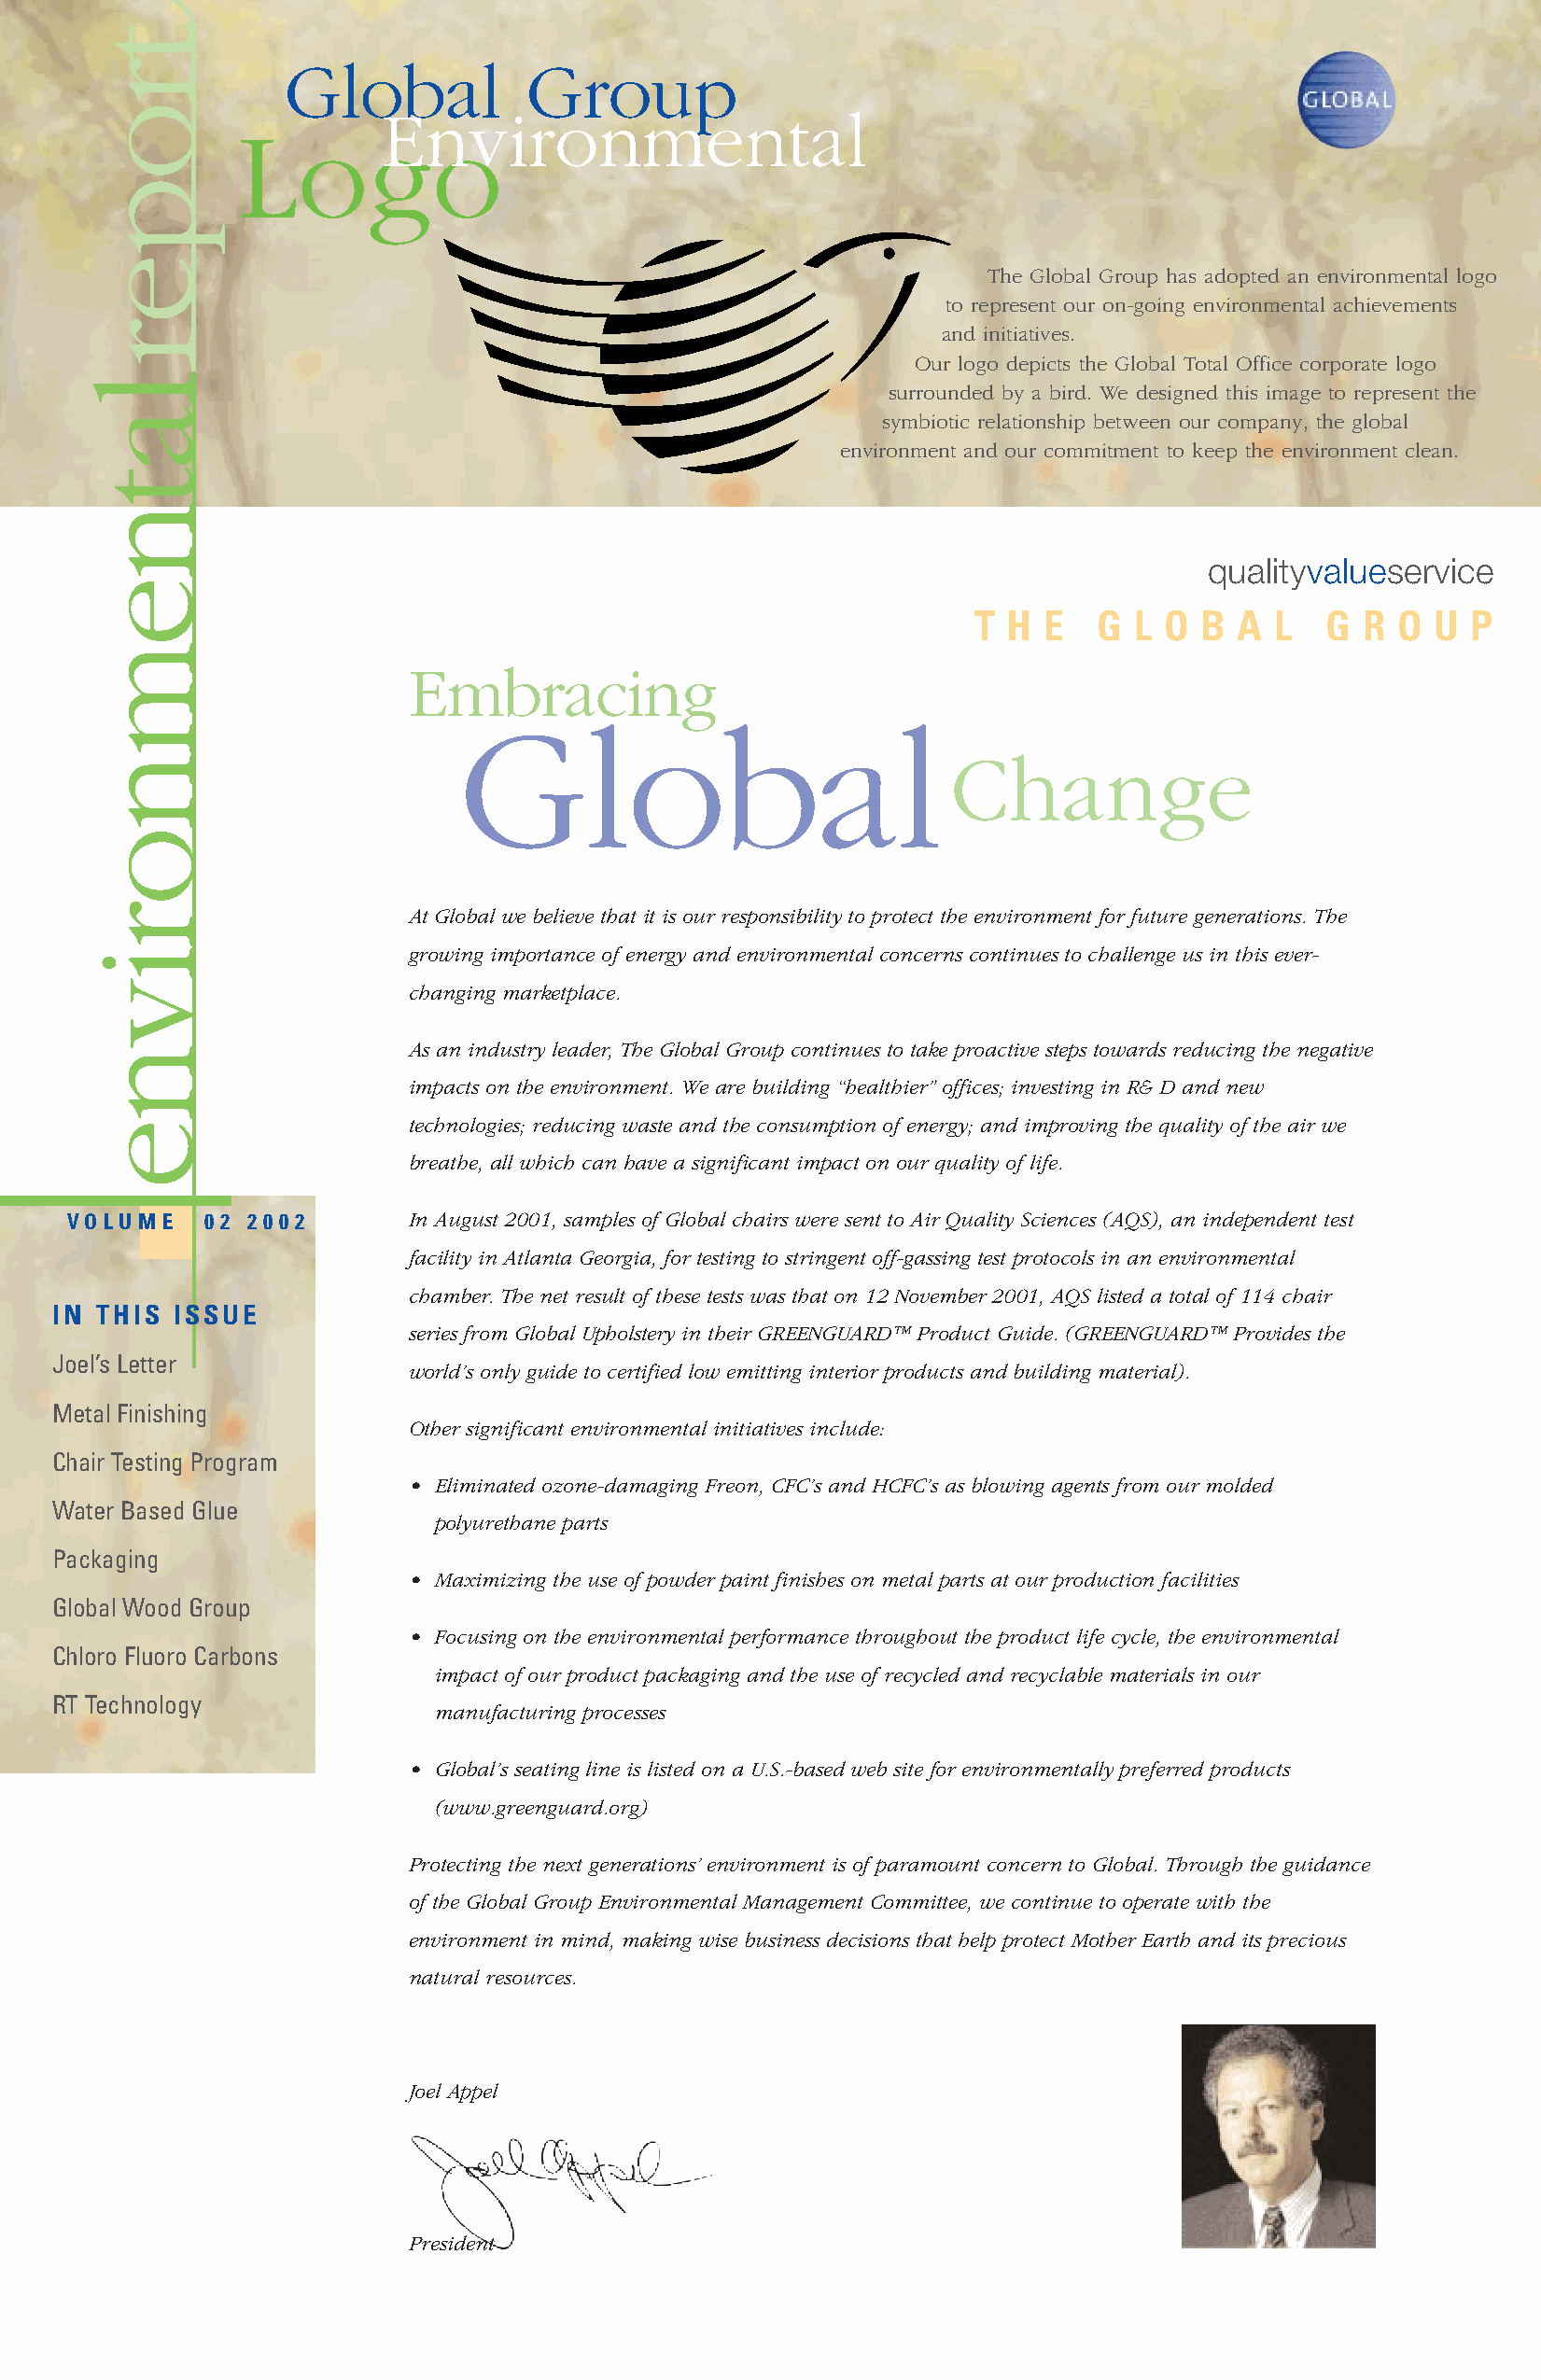
Global           Group
 Environmental
 Logo
 The Global Group has adopted an environmental logo
 to represent our on-going environmental achievements
 and initiatives.
 Our logo depicts the Global Total Office corporate logo
 surrounded by a bird. We designed this image to represent the
 symbiotic relationship between our company, the global
 environment and our commitment to keep the environment clean.
 qualityvalueservice
 T H  E   G L O  B  A L   G  R O  U P
 Embracing
 Global
 Change
 At Global we believe that it is our responsibility to protect the environment for future generations. The
 growing importance of energy and environmental concerns continues to challenge us in this ever-
 changing marketplace.
 As an industry leader, The Global Group continues to take proactive steps towards reducing the negative
 impacts on the environment. We are building “healthier” offices; investing in R& D and new
 technologies; reducing waste and the consumption of energy; and improving the quality of the air we
 breathe, all which can have a significant impact on our quality of life.
 V O L U M E 0 2 2 0 0 2 In August 2001, samples of Global chairs were sent to Air Quality Sciences (AQS), an independent test
 facility in Atlanta Georgia, for testing to stringent off-gassing test protocols in an environmental
 chamber. The net result of these tests was that on 12 November 2001, AQS listed a total of 114 chair
 IN THIS ISSUE
 series from Global Upholstery in their GREENGUARD™ Product Guide. (GREENGUARD™ Provides the
 Joel’s Letter
 world’s only guide to certified low emitting interior products and building material).
 Metal Finishing
 Other significant environmental initiatives include:
 Chair Testing Program
 • Eliminated ozone-damaging Freon, CFC’s and HCFC’s as blowing agents from our molded
 Water Based Glue
 polyurethane parts
 Packaging
 • Maximizing the use of powder paint finishes on metal parts at our production facilities
 Global Wood Group
 • Focusing on the environmental performance throughout the product life cycle, the environmental
 Chloro Fluoro Carbons
 impact of our product packaging and the use of recycled and recyclable materials in our
 RT Technology
 manufacturing processes
 • Global’s seating line is listed on a U.S.-based web site for environmentally preferred products
 (www.greenguard.org)
 Protecting the next generations’ environment is of paramount concern to Global. Through the guidance
 of the Global Group Environmental Management Committee, we continue to operate with the
 environment in mind, making wise business decisions that help protect Mother Earth and its precious
 natural resources.
 Joel Appel
 President
 troperlatnemnorivne